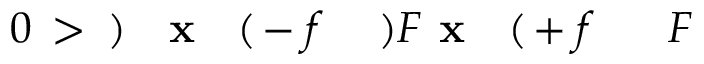
F \! \! \! \! \! \! \! \! \! \! \! \! ^ { \! } \! \! \! \! \! \! \! \! \! \! \! + f \! \! \! \! \! \! \! \! \! \! \! \! ( \! \! \! \! \! \! \! \! \! \! \! \! \mathbf { x } \! \! \! \! \! \! \! \! \! \! \! \! ) F \! \! \! \! \! \! \! \! \! \! \! \! ^ { \! } \! \! \! \! \! \! \! \! \! \! \! - f \! \! \! \! \! \! \! \! \! \! \! \! ( \! \! \! \! \! \! \! \! \! \! \! \! \mathbf { x } \! \! \! \! \! \! \! \! \! \! \! \! ) \! \! \! \! \! \! \! \! \! \! \! \! > \! \! \! \! \! \! \! \! \! \! \! \! 0 \! \! \! \! \! \! \! \! \! \! \!